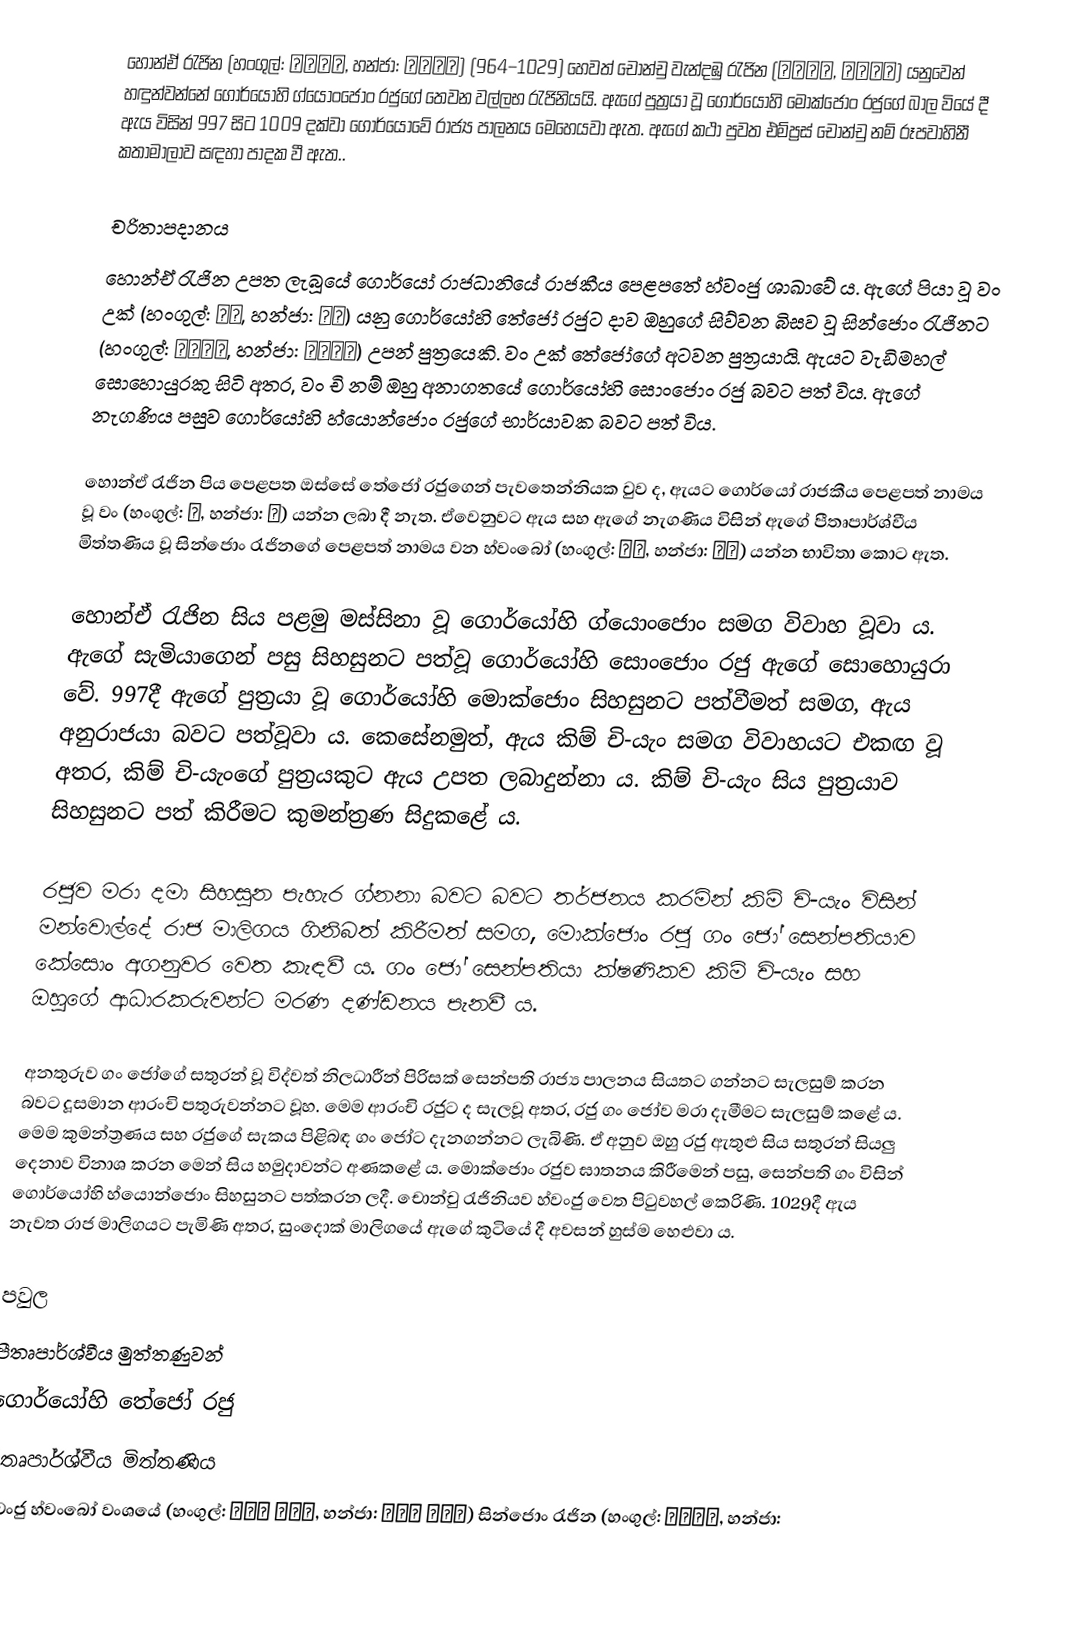
හොන්ඒ රැජින (හංගුල්: 헌애왕후, හන්ජා: 獻哀王后) (964–1029) හෙවත් චොන්චු වැන්දඹු රැජින (천추태후, 千秋太后) යනුවෙන් හඳුන්වන්නේ ගොර්යෝහි ග්යොංජොං රජුගේ තෙවන වල්ලභ රැජිනියයි. ඇගේ පුත්‍රයා වූ ගොර්යෝහි මොක්ජොං රජුගේ බාල වියේ දී ඇය විසින් 997 සිට 1009 දක්වා ගොර්යෝවේ රාජ්‍ය පාලනය මෙහෙයවා ඇත. ඇගේ කථා පුවත එම්ප්‍රස් චොන්චු නම් රූපවාහිනී කතාමාලාව සඳහා පාදක වී ඇත..

චරිතාපදානය
හොන්ඒ රැජින උපත ලැබූයේ ගොර්යෝ රාජධානියේ රාජකීය පෙළපතේ හ්වංජු ශාඛාවේ ය. ඇගේ පියා වූ වං උක් (හංගුල්: 왕욱, හන්ජා: 王旭) යනු ගොර්යෝහි තේජෝ රජු‍ට දාව ඔහුගේ සිව්වන බිසව වූ සින්ජොං රැජිනට (හංගුල්: 신정왕후, හන්ජා: 神靜王后) උපන් පුත්‍රයෙකි. වං උක් තේජෝගේ අටවන පුත්‍රයායි. ඇයට වැඩිමහල් සොහොයුරකු සිටි අතර, වං චි නම් ඔහු අනාගතයේ ගොර්යෝහි සොංජොං රජු බවට පත් විය. ඇගේ නැගණිය පසුව ගොර්යෝහි හ්යොන්ජොං රජුගේ භාර්යාවක බවට පත් විය.

හොන්ඒ රැජින පිය පෙළපත ඔස්සේ තේජෝ රජුගෙන් පැවතෙන්නියක වුව ද, ඇයට ගොර්යෝ රාජකීය පෙළපත් නාමය වූ වං (හංගුල්: 왕, හන්ජා: 王) යන්න ලබා දී නැත. ඒවෙනුවට ඇය සහ ඇගේ නැගණිය විසින් ඇගේ පීතෘපාර්ශ්වීය මිත්තණිය වූ සින්ජොං රැජිනගේ පෙළපත් නාමය වන හ්වංබෝ (හංගුල්: 황보, හන්ජා: 皇甫) යන්න භාවිතා කොට ඇත.

හොන්ඒ රැජින සිය පළමු මස්සිනා වූ ගොර්යෝහි ග්යොංජොං සමග විවාහ වූවා ය. ඇගේ සැමියාගෙන් පසු සිහසුනට පත්වූ ගොර්යෝහි සොංජොං රජු ඇගේ සොහොයුරා වේ. 997දී ඇගේ පුත්‍රයා වූ ගොර්යෝහි මොක්ජොං සිහසුනට පත්වීමත් සමග, ඇය අනුරාජයා බවට පත්වූවා ය. කෙසේනමුත්, ඇය කිම් චි-යැං සමග විවාහයට එකඟ වූ අතර, කිම් චි-යැංගේ පුත්‍රයකුට ඇය උපත ලබාදුන්නා ය. කිම් චි-යැං සිය පුත්‍රයාව සිහසුනට පත් කිරීමට කුමන්ත්‍රණ සිදුකළේ ය.

රජුව මරා දමා සිහසුන පැහැර ග්නනා බවට බවට තර්ජනය කරමින් කිම් චි-යැං විසින් මන්වොල්දේ රාජ මාලිගය ගිනිබත් කිරීමත් සමග, මොක්ජොං රජු ගං ජෝ සෙන්පතියාව කේසොං අගනුවර වෙත කැඳවී ය. ගං ජෝ සෙන්පතියා ක්ෂණිකව කිම් චි-යැං සහ ඔහුගේ ආධාරකරුවන්ට මරණ දණ්ඩනය පැනවී ය.

අනතුරුව ගං ජෝගේ සතුරන් වූ විද්වත් නිලධාරීන් පිරිසක් සෙන්පති රාජ්‍ය පාලනය සියතට ගන්නට සැලසුම් කරන බවට දූසමාන ආරංචි පතුරුවන්නට වූහ. මෙම ආරංචි රජුට ද සැලවූ අතර, රජු ගං ජෝව මරා දැමීමට සැලසුම් කළේ ය. මෙම කුමන්ත්‍රණය සහ රජුගේ සැකය පිළිබඳ ගං ජෝට දැනගන්නට ලැබිණි. ඒ අනුව ඔහු රජු ඇතුළු සිය සතුරන් සියලු දෙනාව විනාශ කරන මෙන් සිය හමුදාවන්ට අණකළේ ය. මොක්ජොං රජුව ඝාතනය කිරීමෙන් පසු, සෙන්පති ගං විසින් ගොර්යෝහි හ්යොන්ජොං සිහසුනට පත්කරන ලදී. චොන්චු රැජිනියව හ්වංජු වෙත පිටුවහල් කෙරිණි. 1029දී ඇය නැවත රාජ මාලිගයට පැමිණි අතර, සුංදොක් මාලිගයේ ඇගේ කුටියේ දී අවසන් හුස්ම හෙළුවා ය.

පවුල
පීතෘපාර්ශ්වීය මුත්තණුවන්
ගොර්යෝහි තේජෝ රජු
පීතෘපාර්ශ්වීය මිත්තණිය
හ්වංජු හ්වංබෝ වංශයේ (හංගුල්: 황주군 황보씨, හන්ජා: 黃州郡 皇甫氏) සින්ජොං රැජින (හංගුල්: 신정왕후, හන්ජා: